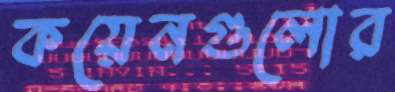
কয়েনগুলোর